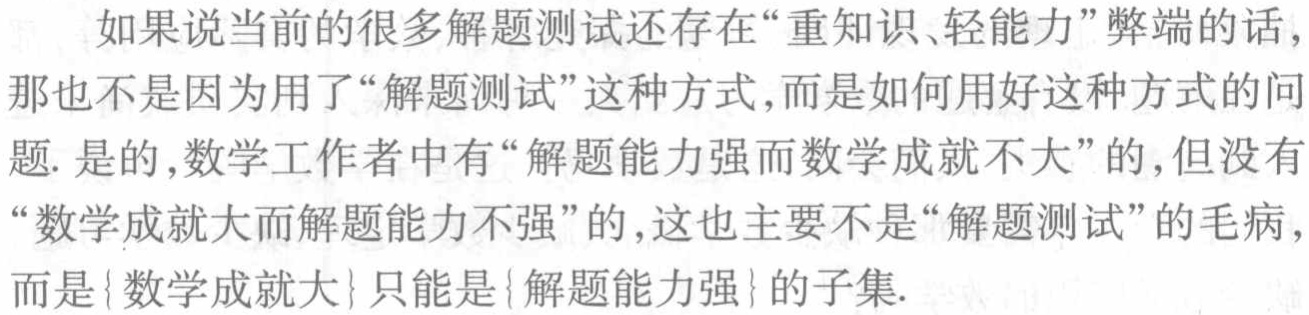
如果说当前的很多解题测试还存在“重知识、轻能力”弊端的话，那也不是因为用了“解题测试”这种方式,而是如何用好这种方式的问题. 是的,数学工作者中有“解题能力强而数学成就不大”的,但没有“数学成就大而解题能力不强”的,这也主要不是“解题测试”的毛病,而是\{数学成就大\}只能是\{解题能力强\}的子集.